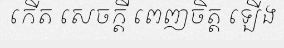
កើត សេចក្តី ពេញចិត្ត ឡើង